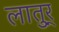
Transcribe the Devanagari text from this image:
लातुर्